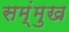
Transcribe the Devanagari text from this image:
सम्ंमुख